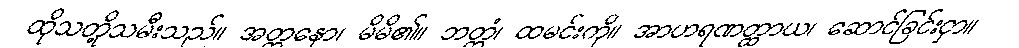
ထိုသတို့သမီးသည်။ အတ္တနော၊ မိမိ၏။ ဘတ္တံ၊ ထမင်းကို။ အာဟရဏတ္ထာယ၊ ဆောင်ခြင်းငှာ။